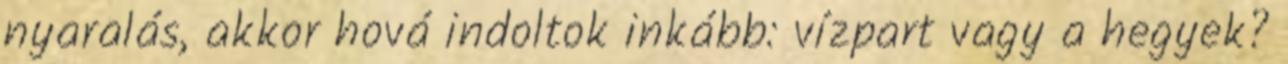
nyaralás, akkor hová indoltok inkább: vízpart vagy a hegyek?